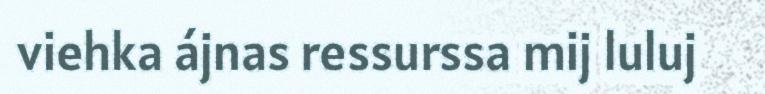
viehka ájnas ressurssa mij luluj